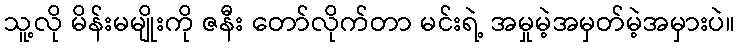
သူ့လို မိန်းမမျိုးကို ဇနီး တော်လိုက်တာ မင်းရဲ့ အမှုမဲ့အမှတ်မဲ့အမှားပဲ။